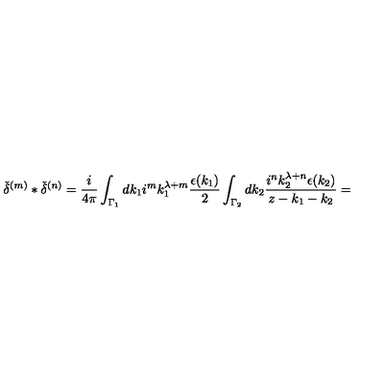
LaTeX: { \check { \delta } } ^ { ( m ) } \ast { \check { \delta } } ^ { ( n ) } = \frac { i } { 4 \pi } \int _ { { \Gamma } _ { 1 } } d k _ { 1 } i ^ { m } k _ { 1 } ^ { \lambda + m } \frac { \epsilon ( k _ { 1 } ) } { 2 } \int _ { { \Gamma } _ { 2 } } d k _ { 2 } \frac { i ^ { n } k _ { 2 } ^ { \lambda + n } \epsilon ( k _ { 2 } ) } { z - k _ { 1 } - k _ { 2 } } =